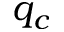
q _ { c }